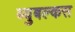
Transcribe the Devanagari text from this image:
ब्युबल्कस